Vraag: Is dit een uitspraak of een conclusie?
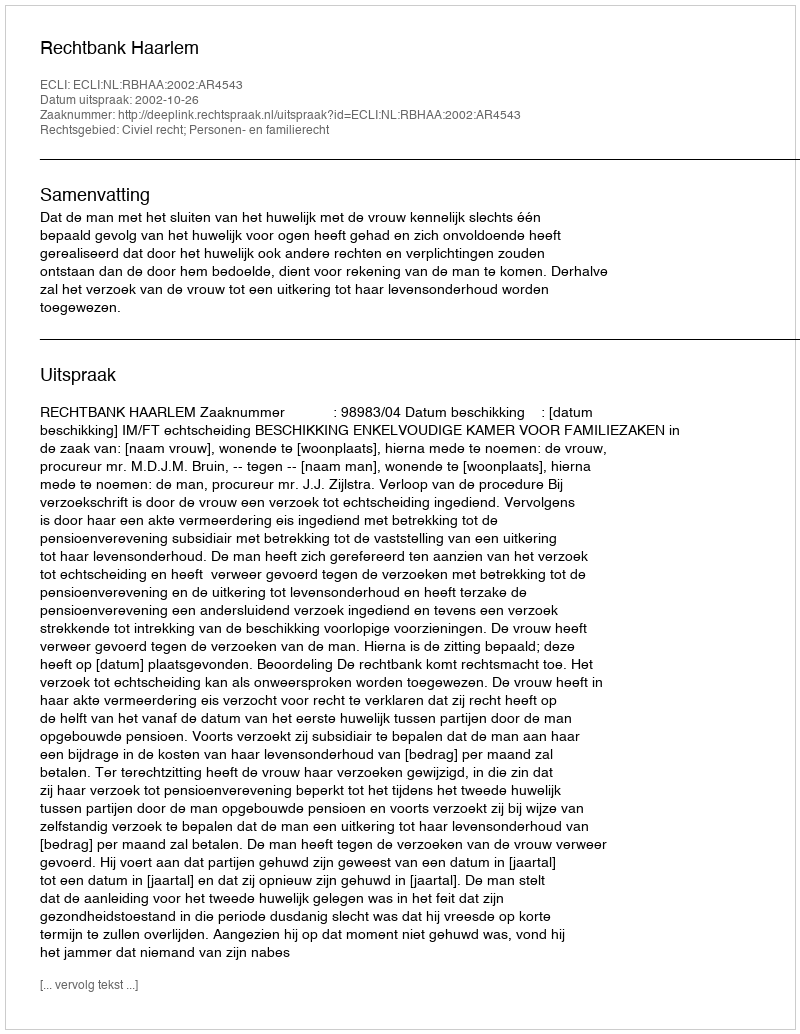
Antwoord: Uitspraak